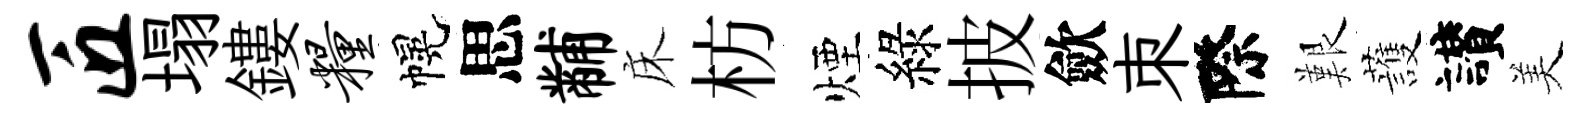
匠塌鏤粮幌思黼床枋煙綠披歛朿際艱䕶讃美